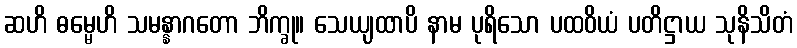
ဆဟိ ဓမ္မေဟိ သမန္နာဂတော ဘိက္ခု။ သေယျထာပိ နာမ ပုရိသော ပထဝိယံ ပတိဋ္ဌာယ သုနိသိတံ